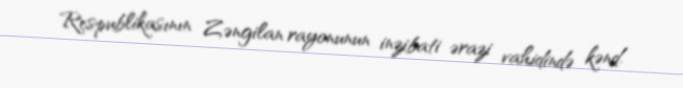
Respublikasının Zəngilan rayonunun inzibati ərazi vahidində kənd.